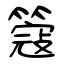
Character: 簆